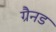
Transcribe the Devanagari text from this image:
ग्रैनड